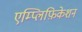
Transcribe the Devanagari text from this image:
एम्प्लिफ़िकेशन